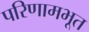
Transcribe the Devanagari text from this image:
परिणामभूत